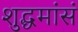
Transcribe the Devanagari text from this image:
शुद्धमांसं